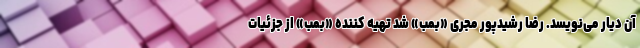
آن دیار می‌نویسد. رضا رشیدپور مجری «بمب» شد تهیه کننده «بمب» از جزئیات